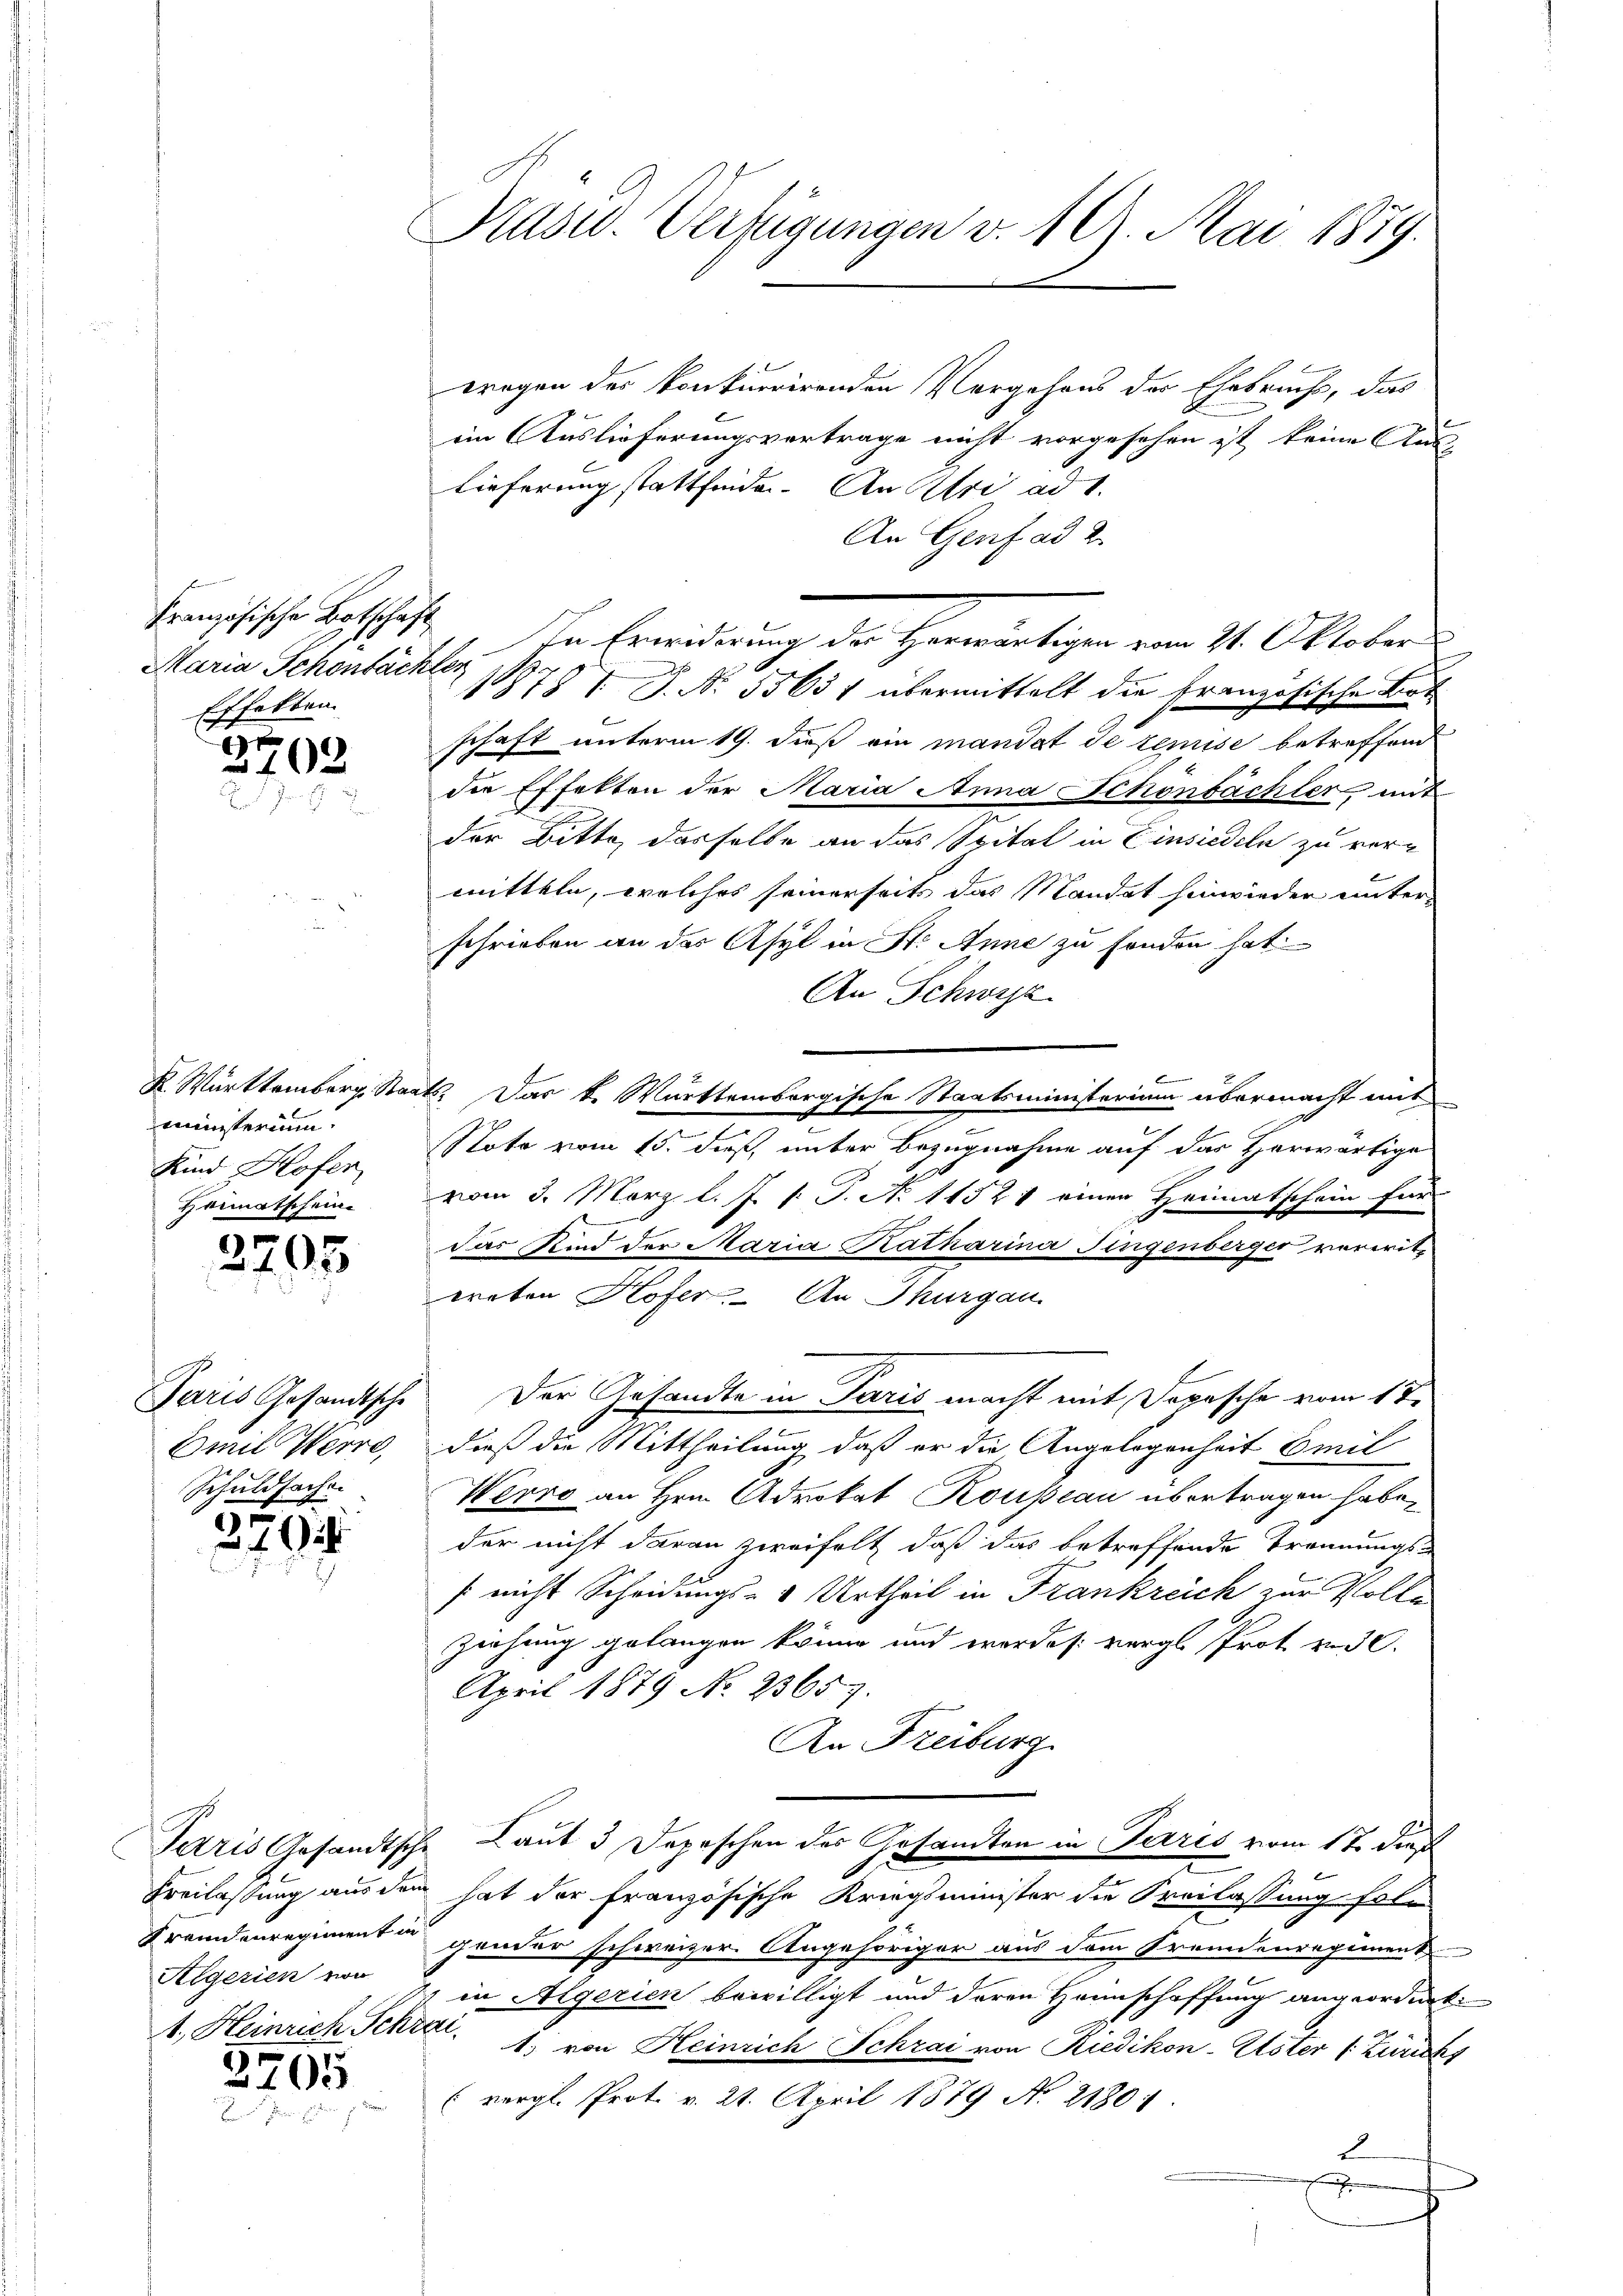
Französische Botschaft
Maria Schönbächler
Effekten.
e

2102

minsterium.
Kind Hofer
Heimatschein.

3703

Paris Gesandtsche
Emil Herre
Schuldsache.

379

Aegerien vor

2705

Prasw. Verfügungen v. 19. Mai 1879.

wregen des konkurrirenden Vergehens der Ehebruchs, das
ein Auslieferungsvertrage nicht vorgesehen ist keine Aus-
Lieferung stattfinden. An Uri ad 1.
An Genf ad 2.
In Erredung der Herwärtigen vom 21. Oktober
1878 I P. Nr. 55651 übermittelt die Französische Art
schaft unterm 19. dieß ein mandat de temise betreffend
die Effekten der Maria Anna Schönbachter mit
der Bitte, dasselbe an das Spital in Einsiedeln zu vermitteln, welches seinerseits das Mandat hinwieder unter-
schrieben an des Asyl in St. Anne zu fanden hat.
An Schwyz
K. Württemberg Staats. Das k. Württembergische Staatsministerium übermacht mit
x
e
Noto vom 15. dieß, unter Bezugnahme auf das Herwärtige
vom 3. März l. J. 1. P. No 11521 einen Heimatschein für
das Kind der Maria Katharina Fingenberger verwitereten Hofer. An Thurgau.
Der Gesandte in Paris macht mit Depesche vom 17.
dieß die Mittheilung, daß er die Angelegenheit Emil
Werro an Hrn. Advokat Rousseau übertragen habe,
der nicht daran zweifelt, daß das betreffende Trennungs-
[ nicht Scheidungs- & Urtheil in Frankreich zur Volle
Ziehung gelangen könne und wordes vergl. Prot. v. 30.
April 1879 No 2365.
An Freiburg
Terris Gesandtsche Laut 3 Depeschen des Gesandten in Paris vom 17. dieß
Freilassung aus dem hat der französische Kriegsminister die Freilassung foli
Fremdenregimenten gender schweizer Angehöriger aus dem Fremdenregiment
in Algerien bewilligt und deren Hannschaffung angeordnet:
1. Heinrich Schre. 1, von Heinrich Schrai von Riedikon-Uster (: Züricht
(vergl. Prot. v. 21. April 1879 No 2180:
2
.